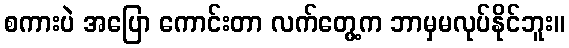
စကားပဲ အပြော ကောင်းတာ လက်တွေ့က ဘာမှမလုပ်နိုင်ဘူး။